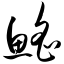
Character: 鳐